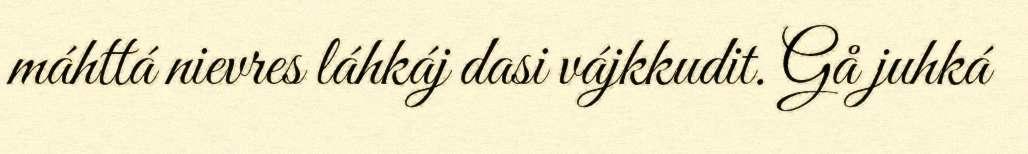
máhttá nievres láhkáj dasi vájkkudit. Gå juhká